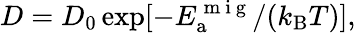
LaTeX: D=D_{0}\exp[-E_{\mathrm{a}}^{\mathrm{~m~i~g~}}/(k_{\mathrm{B}}T)],